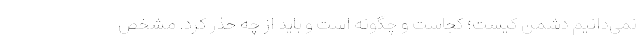
نمی‌دانیم دشمن کیست؛ کجاست و چگونه است و باید از چه حذر کرد. مشخص